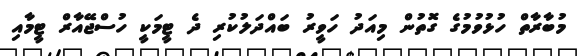
މުބާރާތް ހުޅުވުމުގެ ގޮތުން މިއަދު ހަވީރު ބައްދަލުކުރި ދެ ޓީމަކީ ހުސްޖޭއާރް ޓީމާއި